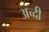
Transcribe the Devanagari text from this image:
अच्दी